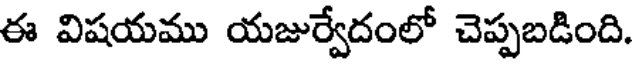
ఈ విషయము యజుర్వేదంలో చెప్పబడింది.